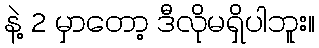
နဲ့ 2 မှာတော့ ဒီလိုမရှိပါဘူး။